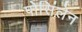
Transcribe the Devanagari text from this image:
पोसिंलेन